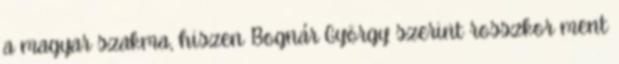
a magyar szakma, hiszen Bognár György szerint rosszkor ment